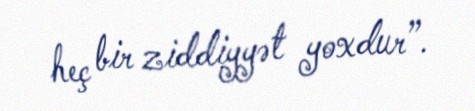
heç bir ziddiyyət yoxdur”.